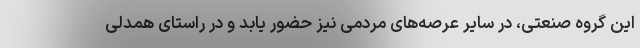
این گروه صنعتی، در سایر عرصه‌های مردمی نیز حضور یابد و در راستای همدلی